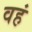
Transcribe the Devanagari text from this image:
वहं